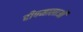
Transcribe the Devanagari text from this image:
दीपमालाओं